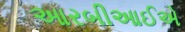
આરબીઆઈએ